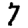
Digit: 7